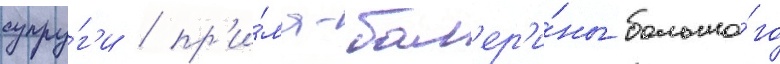
супру́г'и / пр'и́ма-бал'ер'и́ны большо́го